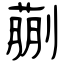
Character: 蒯